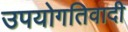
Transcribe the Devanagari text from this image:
उपयोगतिवादी